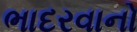
ભાદરવાનો